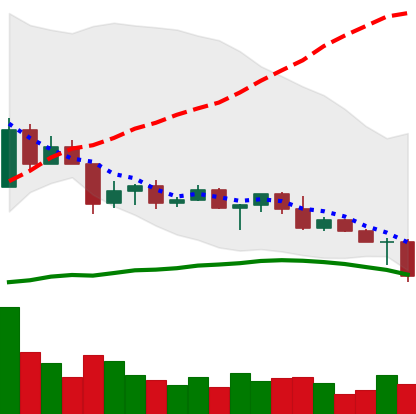
Ticker: ETC-USD
Chart end date: 2022-04-26
Forward return: -9.595%
Label: down_7plus